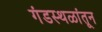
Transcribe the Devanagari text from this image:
गंडस्थळांतून